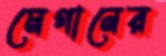
মেগানের